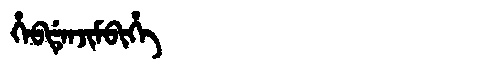
Manchu: ᡥᡝᠪᡩᡝᠨᠵᡳᠮᠪᡳᡥᡝ
Romanization: HEBDENJIMBIHE